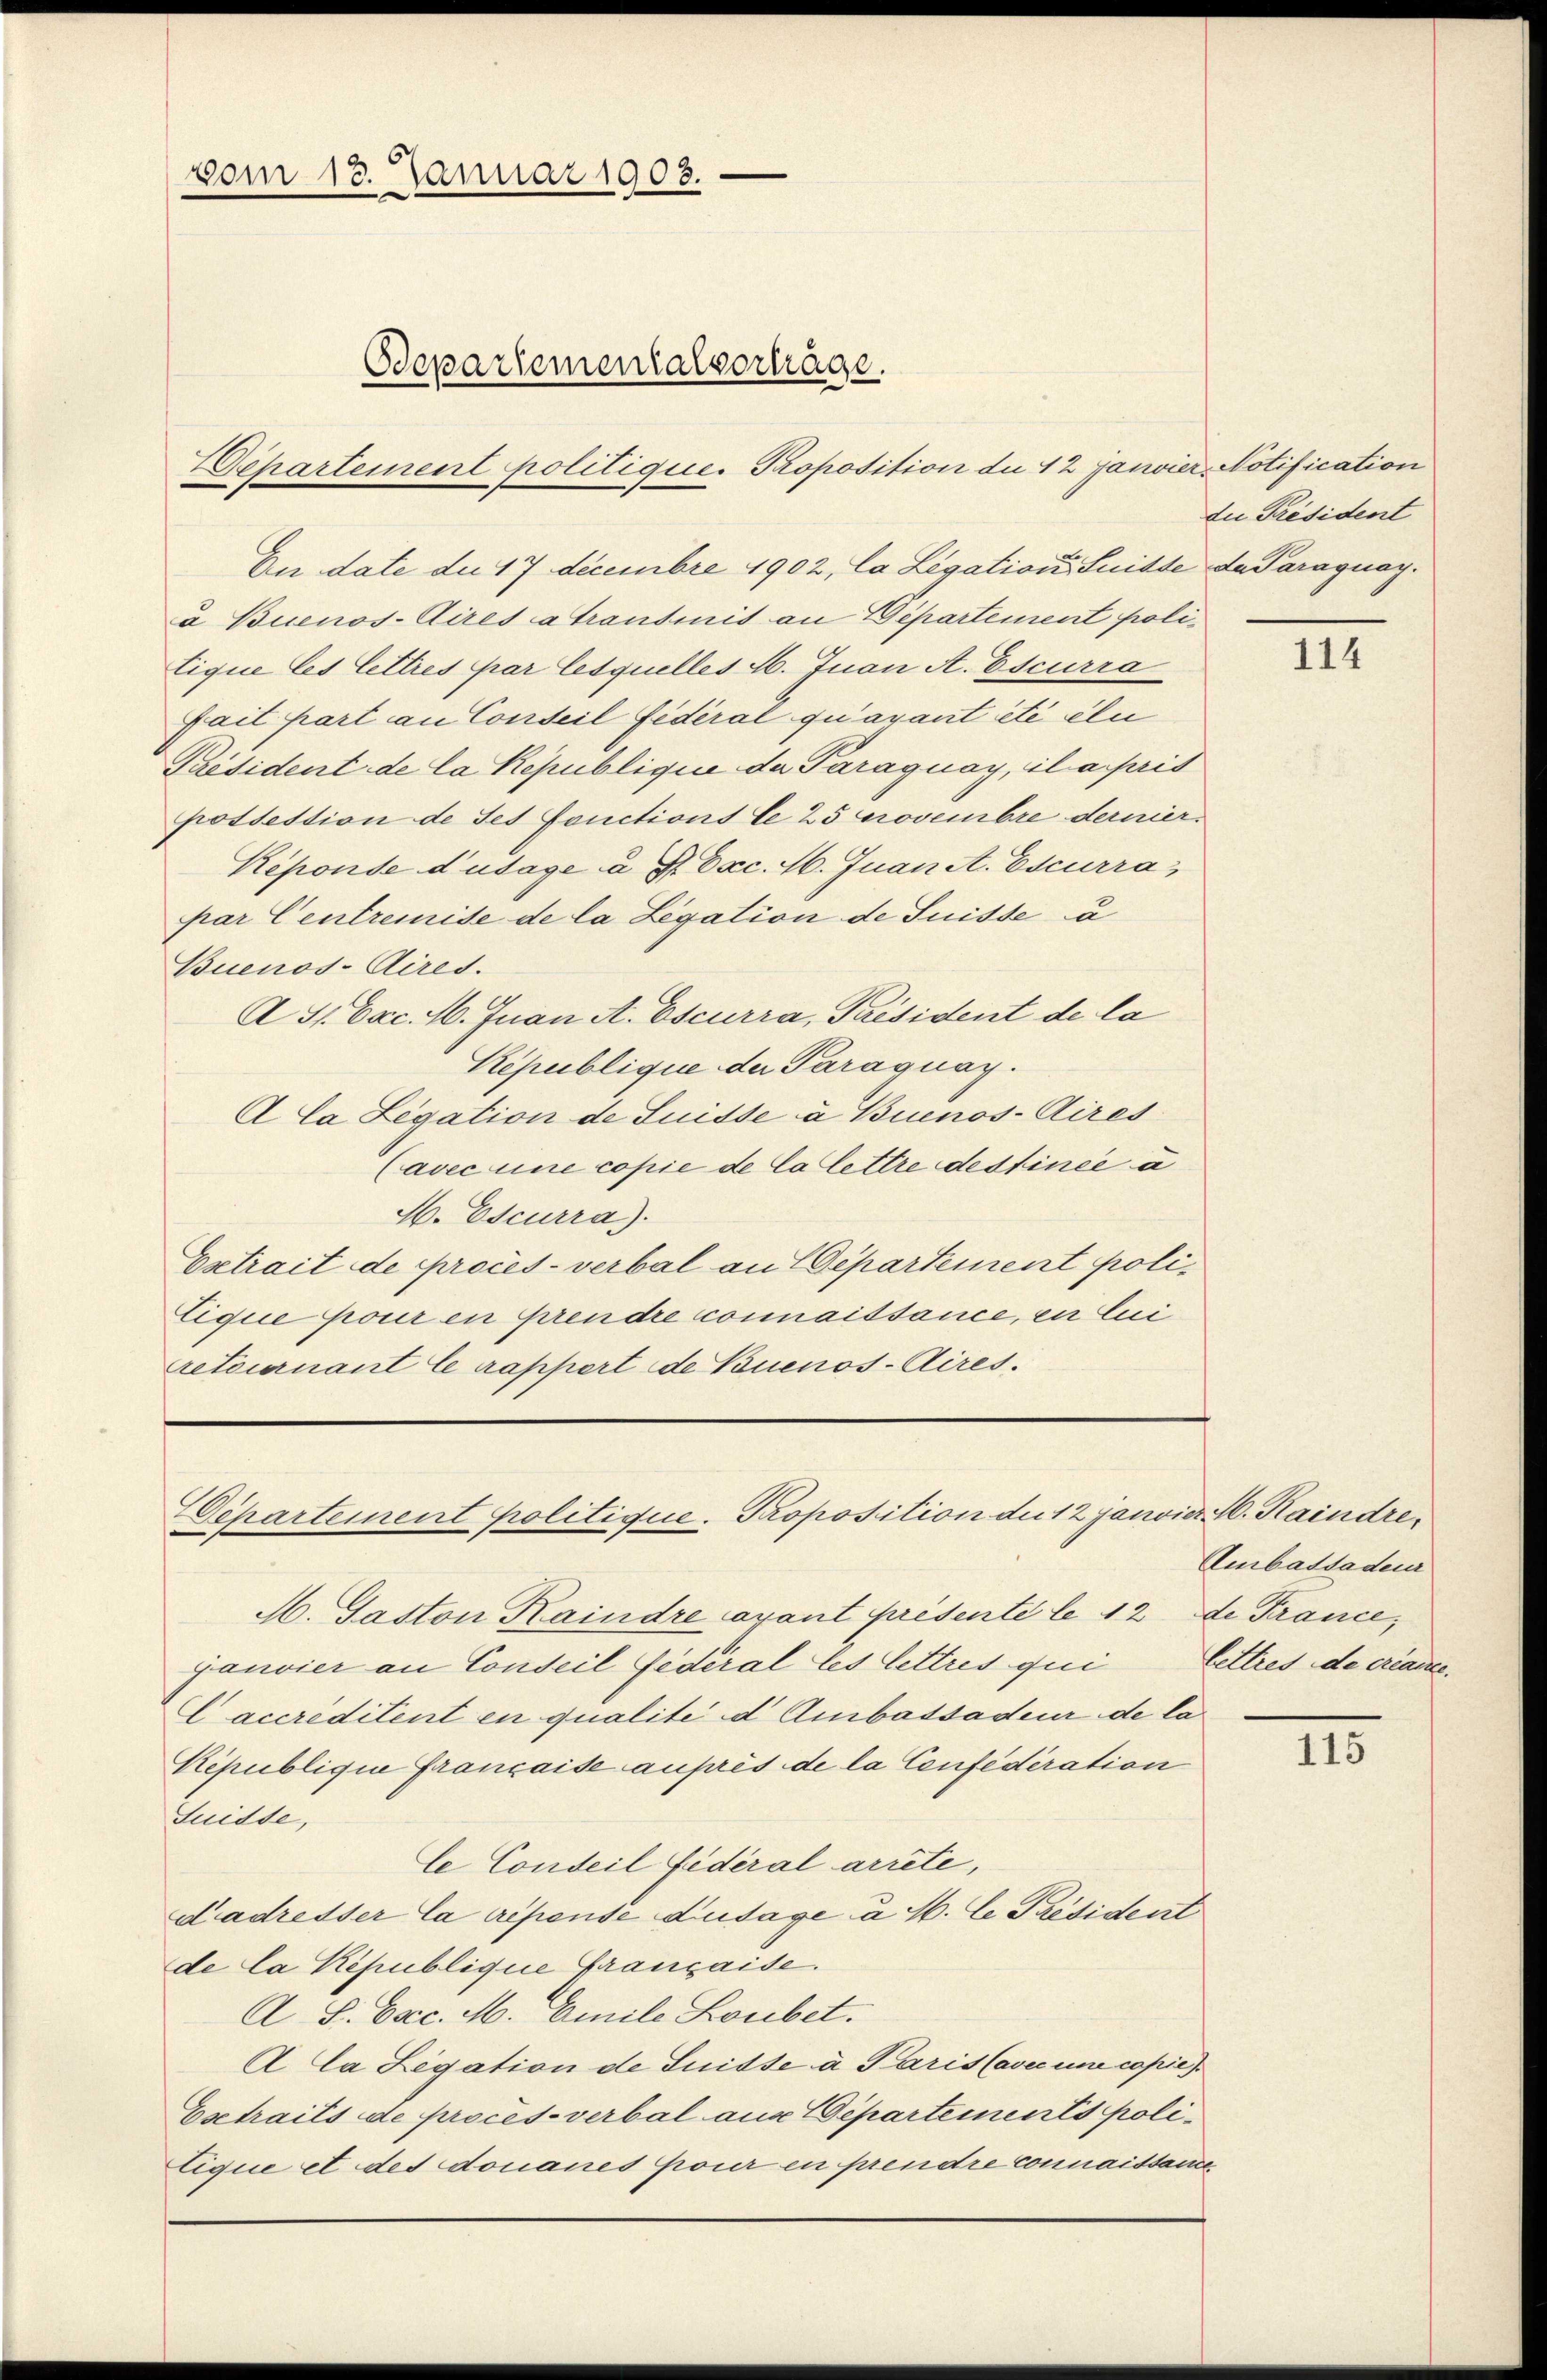
An date de 17 decembre 1902, la Legation, Suitte da Paraguaya Buenos-Aires a transmis an Departement politique les Lettres par lesquelles M. Juan A. Escurra
fait part an Conseil fédéral qu’avant été eln
Président de la République da Paraguay, il a pris
pottestion de ses fonctions le 25 provembre dernier.
Keponse d’usage a S. Exc. M. Juan A. Escurra
par Centremise de la Legation de Suisse a
Buenos-Aires.
A Sr. Exc. M. Juan A. Escurra, Président de la
Kepublique der Paraguay.
A Ca Legation de Suisse à Buenos-Aires
(avec une copie de la lettre destinée u
H. Escurra).
Estrait de procès-verbal an Departement poli¬
Cique pour en prendre connaissance, en lui
retournant le rappert de Nouenos-Aires.

vom 13. Januar 1903.
Bdepartementalvorträge.

Departement politique. Proposition de 12 Janvier Notification

épartement politique. Proposition die 12 Janvier M. Haindre¬

du Président

M. Paston Kaindre avant présenté le 12 de France,
ganvier an Conseil fédéral les lettres qui
Caccreditent en qualité d' Ambassadeur de la
République Franzaide auprès de la Confederation
Suisse,
C Conseil fédéral arrête,
dadresser la cepense dusage a M. Ce Président
de la République Franzaide.
A. S. Exc. M. Emile Loubet.
A Ca Legation de Suisse a Paris Cavec une copie
Esetraits de procès-verbal aus Departements poli¬
Cique et des Donaues pour en prendre connaissance

114

Ambassadeur
lettres de créance.

115